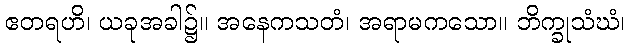
ဧတရဟိ၊ ယခုအခါ၌။ အနေကသတံ၊ အရာမကသော။ ဘိက္ခုသံဃံ၊